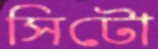
সিটো